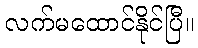
လက်မထောင်နိုင်ပြီ။